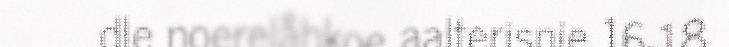
dle noerelåhkoe aalterisnie 16-18